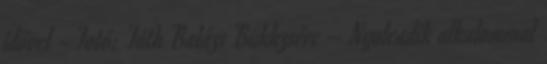
idővel - Fotó: Tóth Balázs Bükkzsérc – Nyolcadik alkalommal